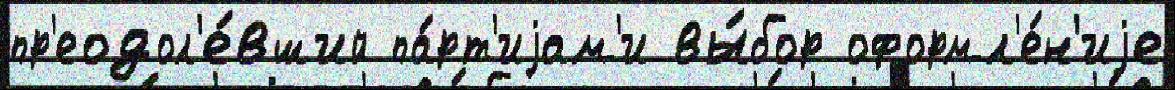
пр'еодол'е́вший па́рт'иjам'и вы́бор оформл'е́н'иjе